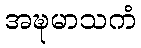
အဍ္ဎမာသကံ